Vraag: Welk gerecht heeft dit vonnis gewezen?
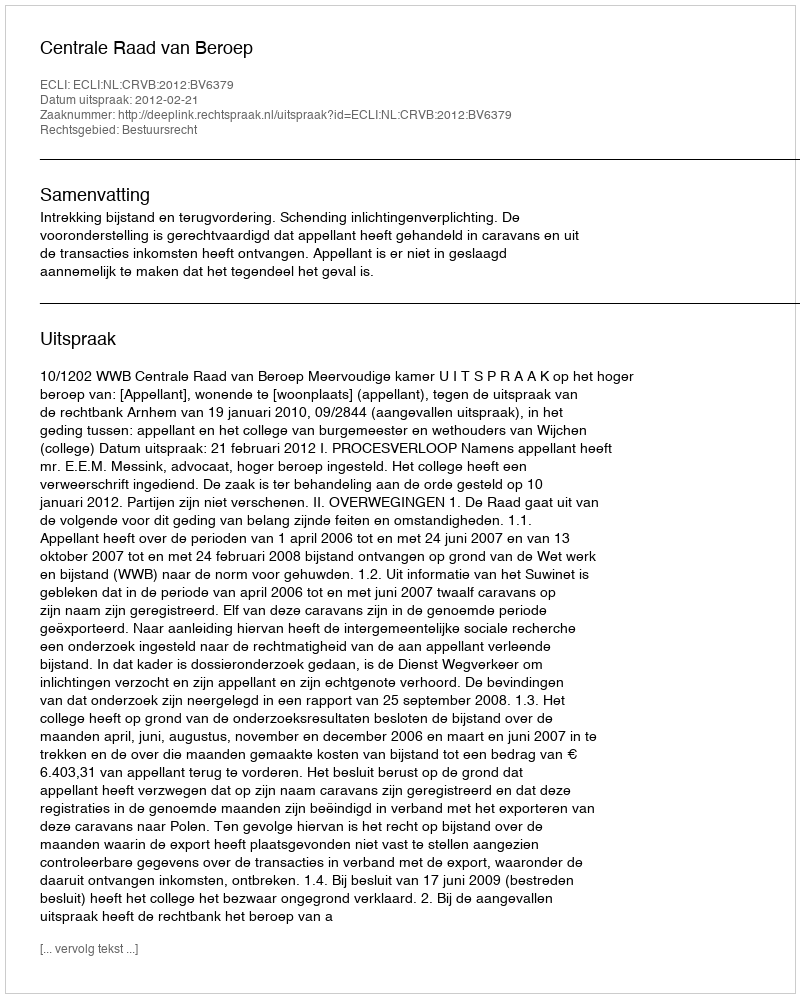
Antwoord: Centrale Raad van Beroep